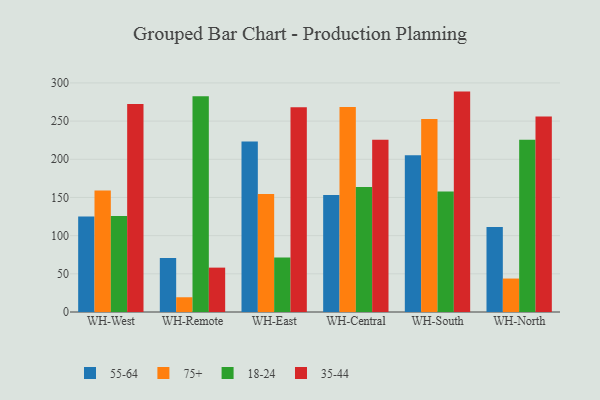
{"axis": {"x": "Warehouse", "y": "Humidity (%)"}, "legend": ["18-24", "35-44", "55-64", "75+"], "data": [{"x": "WH-West", "y": 125.1, "type": "55-64"}, {"x": "WH-West", "y": 159.2, "type": "75+"}, {"x": "WH-West", "y": 125.8, "type": "18-24"}, {"x": "WH-West", "y": 272.2, "type": "35-44"}, {"x": "WH-Remote", "y": 70.7, "type": "55-64"}, {"x": "WH-Remote", "y": 19.3, "type": "75+"}, {"x": "WH-Remote", "y": 282.5, "type": "18-24"}, {"x": "WH-Remote", "y": 58.1, "type": "35-44"}, {"x": "WH-East", "y": 223.3, "type": "55-64"}, {"x": "WH-East", "y": 154.6, "type": "75+"}, {"x": "WH-East", "y": 71.3, "type": "18-24"}, {"x": "WH-East", "y": 268.1, "type": "35-44"}, {"x": "WH-Central", "y": 153.2, "type": "55-64"}, {"x": "WH-Central", "y": 268.3, "type": "75+"}, {"x": "WH-Central", "y": 163.8, "type": "18-24"}, {"x": "WH-Central", "y": 225.6, "type": "35-44"}, {"x": "WH-South", "y": 205.4, "type": "55-64"}, {"x": "WH-South", "y": 252.6, "type": "75+"}, {"x": "WH-South", "y": 157.9, "type": "18-24"}, {"x": "WH-South", "y": 288.6, "type": "35-44"}, {"x": "WH-North", "y": 111.3, "type": "55-64"}, {"x": "WH-North", "y": 43.8, "type": "75+"}, {"x": "WH-North", "y": 225.5, "type": "18-24"}, {"x": "WH-North", "y": 256.0, "type": "35-44"}]}